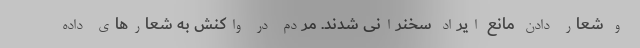
و شعار دادن مانع ایراد سخنرانی شدند. مردم در واکنش به شعارهای داده